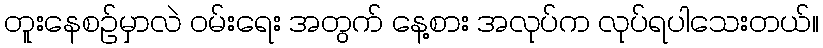
တူးနေစဉ်မှာလဲ ဝမ်းရေး အတွက် နေ့စား အလုပ်က လုပ်ရပါသေးတယ်။